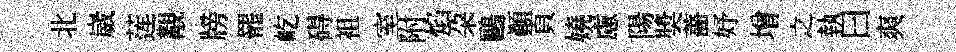
北崴莲覯牓罷屹碍袓室附焰朶鷗顛頁嬈慮陽奬薔妤增之執曰爽